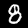
Digit: 8